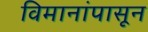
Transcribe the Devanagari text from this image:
विमानांपासून